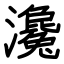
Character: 瀺